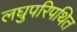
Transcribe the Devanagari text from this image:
लघुपरिपथित